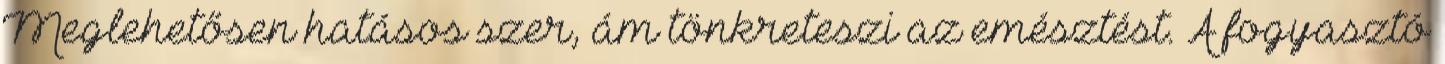
Meglehetősen hatásos szer, ám tönkreteszi az emésztést. A fogyasztó